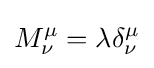
M_{\nu }^{\mu }=\lambda \delta _{\nu }^{\mu }